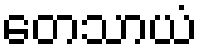
တေသာယံ